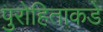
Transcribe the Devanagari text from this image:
पुरोहिताकडे